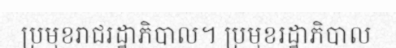
ប្រមុខរាជរដ្ឋាភិបាល។ ប្រមុខរដ្ឋាភិបាល